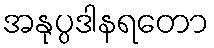
အနုပ္ပဒါနရတော